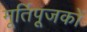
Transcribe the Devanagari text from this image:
मूर्तिपूजकों